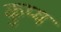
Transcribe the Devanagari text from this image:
कुप्य